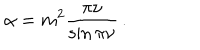
LaTeX: \alpha = m ^ { 2 } \frac { \pi \nu } { \sin \pi \nu } \, .